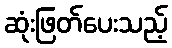
ဆုံးဖြတ်ပေးသည့်